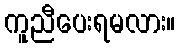
ကူညီပေးရမလား။